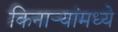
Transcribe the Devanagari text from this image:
किनाऱ्यांमध्ये